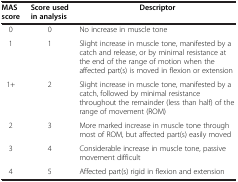
| MAS score | Score used in analysis | Descriptor |
 | --- | --- | --- |
 | 0 | 0 | No increase in muscle tone |
 | 1 | 1 | Slight increase in muscle tone, manifested by a catch and release, or by minimal resistance at the end of the range of motion when the affected part(s) is moved in flexion or extension |
 | 1+ | 2 | Slight increase in muscle tone, manifested by a catch, followed by minimal resistance throughout the remainder (less than half) of the range of movement (ROM) |
 | 2 | 3 | More marked increase in muscle tone through most of ROM, but affected part(s) easily moved |
 | 3 | 4 | Considerable increase in muscle tone, passive movement difficult |
 | 4 | 5 | Affected part(s) rigid in flexion and extension |